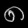
Digit: ၈